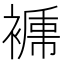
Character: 𧜑